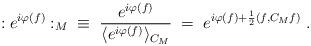
LaTeX: \begin{align*}: e^{i\varphi(f)} :_M \; \; \equiv \; \frac{e^{i\varphi(f)}}{\langle e^{i\varphi(f)} \rangle_{C_M}} \; = \;e^{i\varphi(f) + \frac{1}{2}(f,C_M f)} \; .\end{align*}